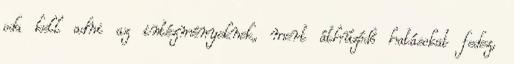
oda kell adni az intézményeknek, mert áthúzódó hatásokat fedez,